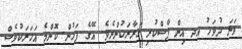
ވަނަ ދުވަހު އދ އިން ފާސްކުރި ގަރާރަކުންނެވެ. އޭގެ ފަހުން ކޮންމެ އަހަރަކުވެސް